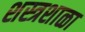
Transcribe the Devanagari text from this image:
शस्त्रशाळा